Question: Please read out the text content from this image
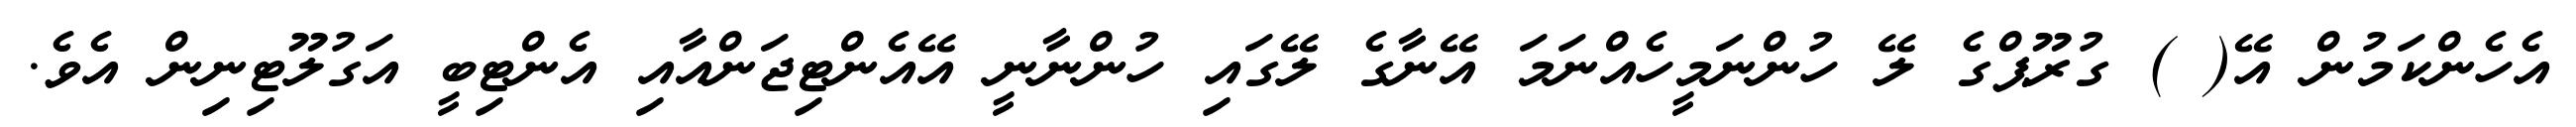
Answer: އެހެންކަމުން އޭ( ) ގުރޫޕްގެ ލޭ ހުންނަމީހެއްނަމަ އޭނާގެ ލޭގައި ހުންނާނީ އޭއެންޓިޖަންއާއި އެންޓިބީ އަގުލޫޓިނިން އެވެ.